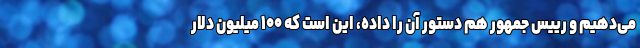
می‌دهیم و رییس جمهور هم دستور آن را داده، این است که ۱۰۰ میلیون دلار